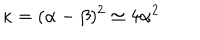
\kappa = ( \alpha - \beta ) ^ { 2 } \simeq 4 \alpha ^ { 2 }